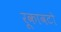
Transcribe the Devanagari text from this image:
रूकावटो